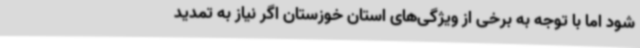
شود اما با توجه به برخی از ویژگی‌های استان خوزستان اگر نیاز به تمدید